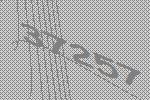
37257